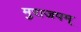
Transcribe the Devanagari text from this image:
मुराजपम्